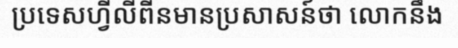
ប្រទេសហ្វីលីពីនមានប្រសាសន៍ថា លោកនឹង